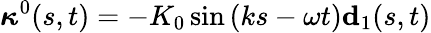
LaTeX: \boldsymbol{\kappa}^{0}(s,t)=-K_{0}\sin{(ks-\omega t)}\mathbf{d}_{1}(s,t)